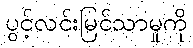
ပွင့်လင်းမြင်သာမှုကို